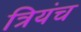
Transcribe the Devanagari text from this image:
त्रियंच